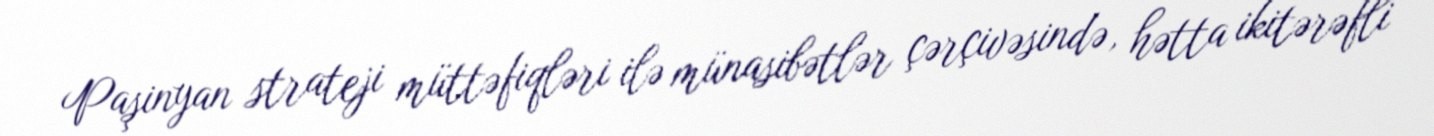
Paşinyan strateji müttəfiqləri ilə münasibətlər çərçivəsində, hətta ikitərəfli